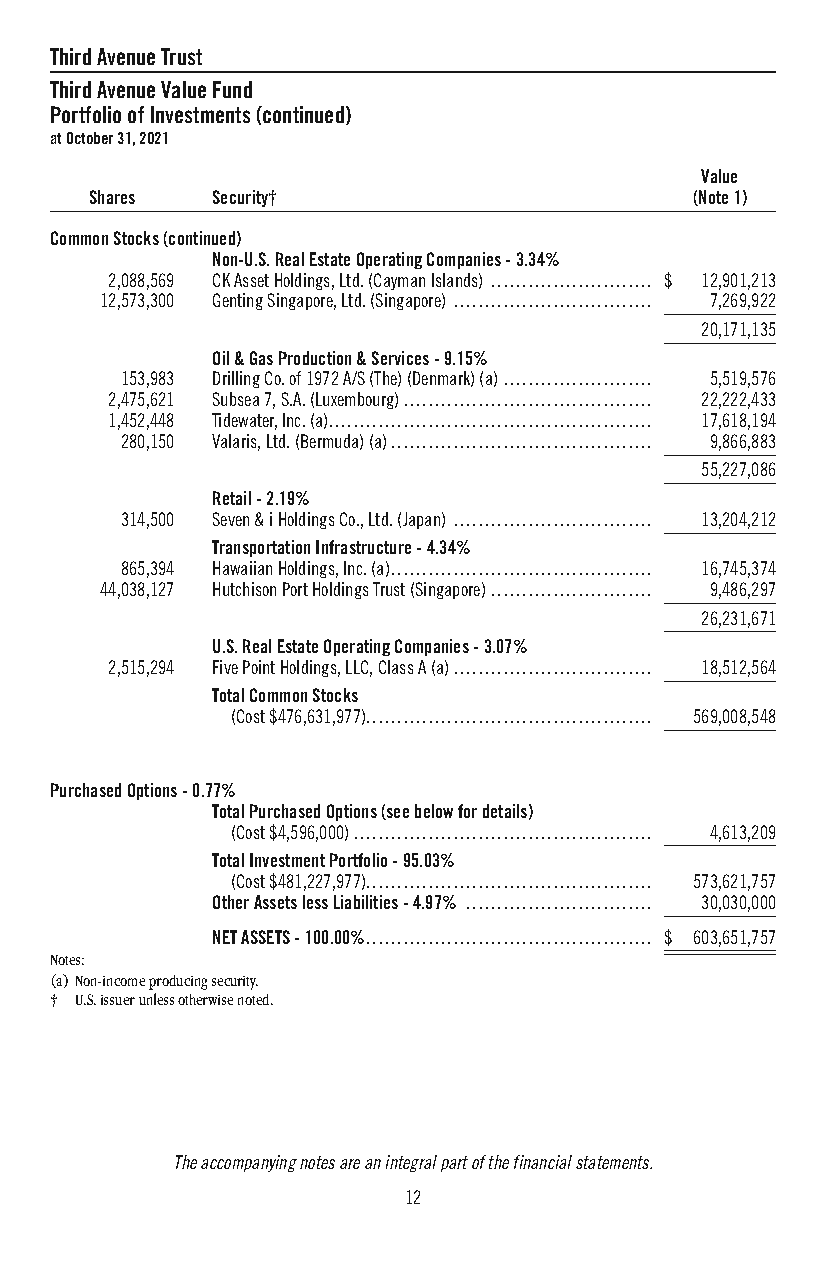
ThirdAvenueTrust
 ThirdAvenueValueFund
 PortfolioofInvestments(continued)
 atOctober31,2021
 Value
 Shares  Security†                       (Note1)
 CommonStocks(continued)
 Non-U.S.RealEstateOperatingCompanies-3.34%
 2,088,569 CKAssetHoldings,Ltd.(CaymanIslands) .......................... $ 12,901,213
 12,573,300 GentingSingapore,Ltd.(Singapore) ................................ 7,269,922
 20,171,135
 Oil&GasProduction&Services-9.15%
 153,983 DrillingCo.of1972A/S(The)(Denmark)(a)........................ 5,519,576
 2,475,621 Subsea7,S.A.(Luxembourg)........................................ 22,222,433
 1,452,448 Tidewater,Inc.(a).................................................... 17,618,194
 280,150 Valaris,Ltd.(Bermuda)(a).......................................... 9,866,883
 55,227,086
 Retail-2.19%
 314,500 Seven&iHoldingsCo.,Ltd.(Japan) ................................ 13,204,212
 TransportationInfrastructure-4.34%
 865,394 HawaiianHoldings,Inc.(a).......................................... 16,745,374
 44,038,127 HutchisonPortHoldingsTrust(Singapore).......................... 9,486,297
 26,231,671
 U.S.RealEstateOperatingCompanies-3.07%
 2,515,294 FivePointHoldings,LLC,ClassA(a)................................ 18,512,564
 TotalCommonStocks
 (Cost$476,631,977).............................................. 569,008,548
 PurchasedOptions-0.77%
 TotalPurchasedOptions(seebelowfordetails)
 (Cost$4,596,000)................................................ 4,613,209
 TotalInvestmentPortfolio-95.03%
 (Cost$481,227,977).............................................. 573,621,757
 OtherAssetslessLiabilities-4.97% .............................. 30,030,000
 NETASSETS-100.00%.............................................. $ 603,651,757
 Notes:
 (a)Non-incomeproducingsecurity.
 † U.S.issuerunlessotherwisenoted.
 Theaccompanyingnotesareanintegralpartofthefinancialstatements.
 12